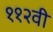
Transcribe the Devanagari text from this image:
११२वी